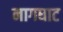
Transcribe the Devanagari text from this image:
नागघाट